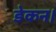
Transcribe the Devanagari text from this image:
डेकन।